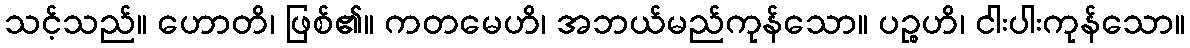
သင့်သည်။ ဟောတိ၊ ဖြစ်၏။ ကတမေဟိ၊ အဘယ်မည်ကုန်သော။ ပဉ္စဟိ၊ ငါးပါးကုန်သော။